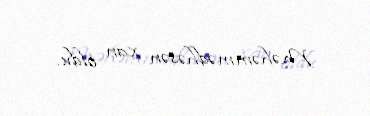
Məhəmmədhəsən xan oldu.